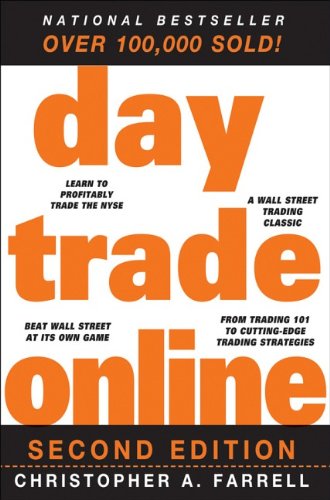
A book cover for Day Trade Online; Christopher A. Farrell; Business & Money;